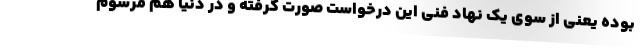
بوده یعنی از سوی یک نهاد فنی این درخواست صورت گرفته و در دنیا هم مرسوم